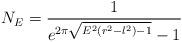
LaTeX: \begin{align*}N_{E}=\frac{1}{e^{2\pi \sqrt{E^2 (r^2-l^2) -1}}-1}\end{align*}